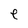
Character: e